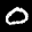
Label: 0